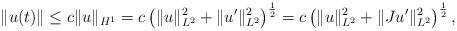
LaTeX: \begin{align*}\|u(t)\|\leq c\|u\|_{H^1}=c\left(\|u\|^2_{L^2}+\|u'\|^2_{L^2}\right)^\frac{1}{2}=c\left(\|u\|^2_{L^2}+\|Ju'\|^2_{L^2}\right)^\frac{1}{2},\end{align*}